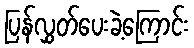
ပြန်လွှတ်ပေးခဲ့ကြောင်း